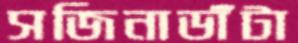
সজিনাডাঁটা